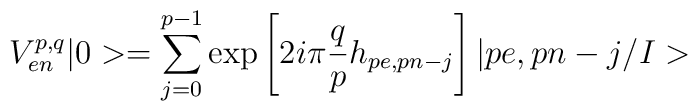
V_{en}^{p,q}|0>=\sum_{j=0}^{p-1}\mbox{exp}\left[2i\pi\frac{q}{p}h_{pe,pn-j}\right]|pe,pn-j/I>